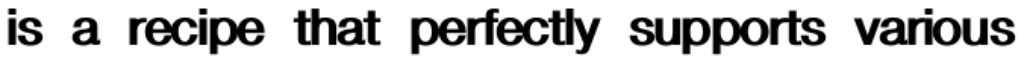
is a recipe that perfectly supports various